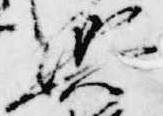
輿